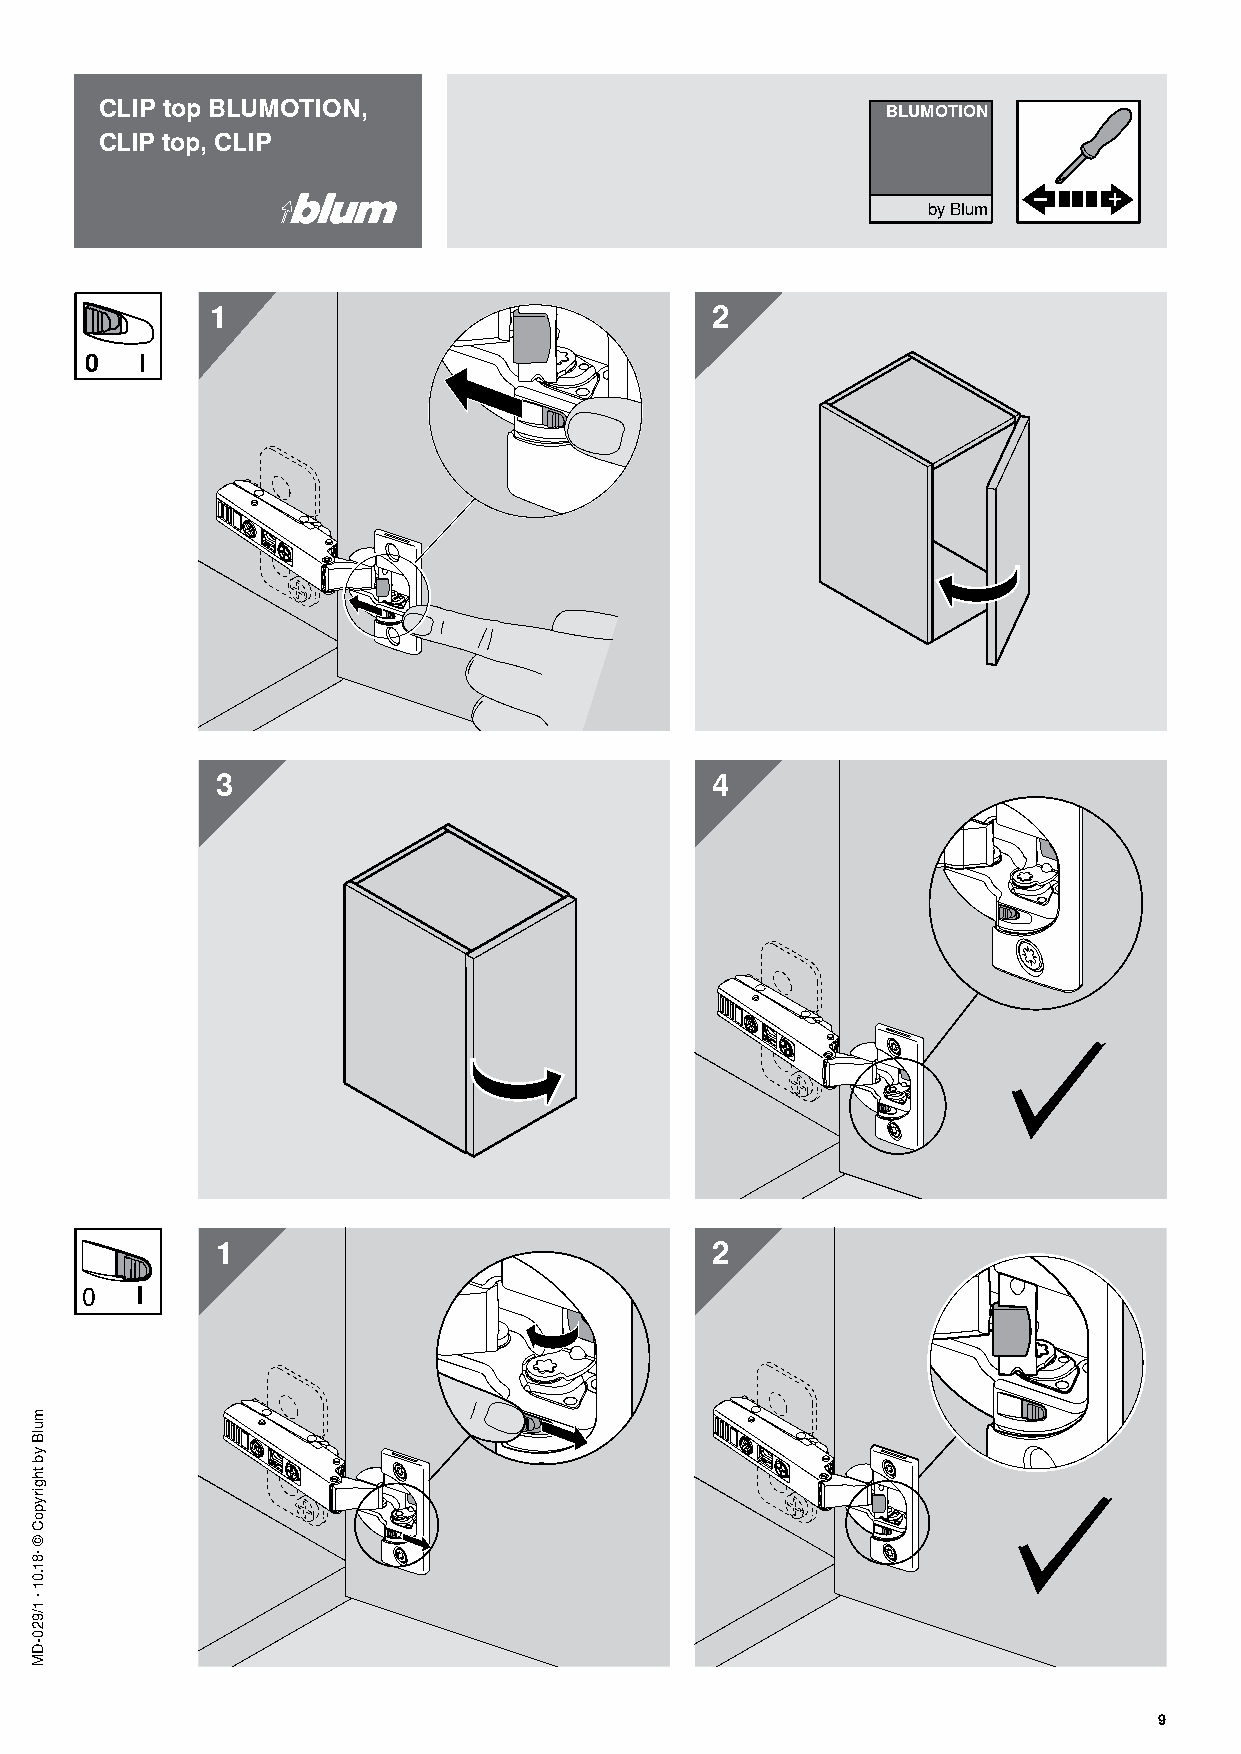
CLIP top BLUMOTION,                                 BLUMOTION
 CLIP top, CLIP
 by Blum
 1                                2
 0  I
 3                                4
 1                                2
 0   I
 9
 mulB
 yb
 thgirypoC
 ©
 ·81.01
 ·
 1/920-DM